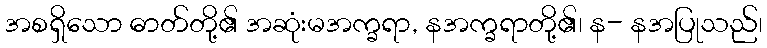
အစရှိသော ဓာတ်တို့၏ အဆုံးမအက္ခရာ, နအက္ခရာတို့၏၊ န- နအပြုသည်၊